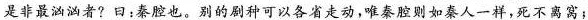
是非最汹汹者?曰;秦腔也。别的剧种可以各省走动,唯奏腔则如秦人一样,死不离窝;